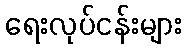
ရေးလုပ်ငန်းများ